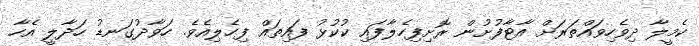
ކެމީލާ ދިވެހިވައްތަރަށް އާޓާފުށުން ރޮށިފިހެލާފައި ކުކުޅު ފައިތައް ފިހެލިއެވެ. ހަވާދުގަނޑު ހަދާލީ އެހާ